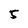
Character: 5